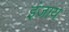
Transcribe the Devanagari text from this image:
इंजाय